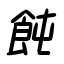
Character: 飩